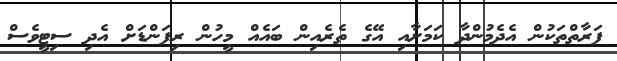
ފަރާތްތަކުން އެދެމުންދާ ކަމަށާއި އޭގެ ތެރެއިން ބައެއް މީހުން ރިފަންޑަށް އެދި ސިޓީވެސް